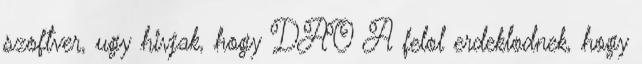
szoftver, ugy hivjak, hogy DAO A felol erdeklodnek, hogy